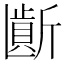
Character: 𱡮